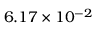
6 . 1 7 \times 1 0 ^ { - 2 }